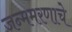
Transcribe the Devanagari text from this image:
जन्ममरणाचे